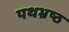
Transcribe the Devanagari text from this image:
पथभ्रष्ठ